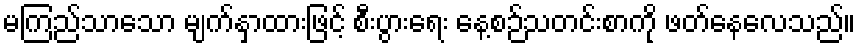
မကြည်သာသော မျက်နှာထားဖြင့် စီးပွားရေး နေ့စဉ်သတင်းစာကို ဖတ်နေလေသည်။